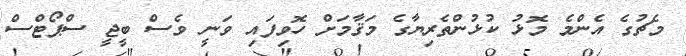
މެޗުގެ އެންމެ މޮޅު ކުޅުންތެރިޔާގެ މަޤާމަށް ހޮވިފައި ވަނީ ވެސް ބީޖީ ސްޕޯޓްސް